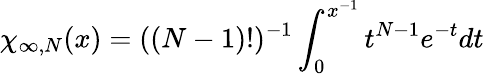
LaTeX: \chi_{\infty,N}(x)=((N-1)!)^{-1}\int_{0}^{x^{-1}}t^{N-1}e^{-t}dt